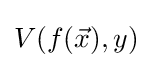
V(f({\vec {x}}),y)